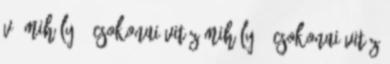
V. Mihály 1 Csokonai Vitéz Mihály 1 Csokonai Vitéz